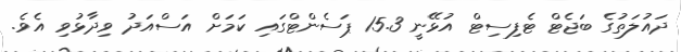
ދައުލަތުގެ ބަޖެޓް ޓެފިސިޓް އުޅޭނީ 15.3 ޕަސެންޓްގައި ކަމަށް އަސްއަދު ވިދާޅުވި އެވެ.